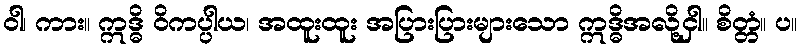
ဝါ၊ ကား။ ဣဒ္ဓိ ဝိကပ္ပါယ၊ အထူးထူး အပြားပြားများသော ဣဒ္ဓိအလို့ငှါ။ စိတ္တံ။ ပ။